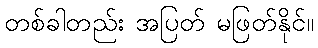
တစ်ခါတည်း အပြတ် မဖြတ်နိုင်။